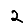
Digit: 2